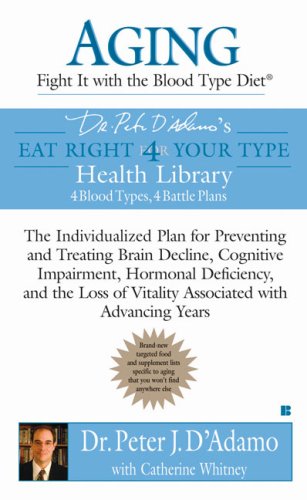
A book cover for Aging: Fight it with the Blood Type Diet: The Individualized Plan for Preventing and Treating Brain Impairment, Hormonal D eficiency, and the Loss of Vitality Associated with Advancing Years; Dr. Peter J. D'Adamo; Health, Fitness & Dieting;